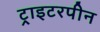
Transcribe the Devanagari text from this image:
ट्राइटरपीन